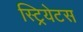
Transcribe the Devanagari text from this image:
स्ट्रियेटस